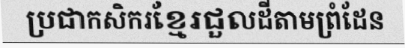
ប្រជាកសិករខ្មែរជួលដីតាមព្រំដែន